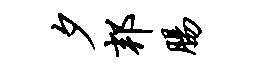
夕邦肠